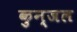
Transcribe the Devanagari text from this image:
कुन्जल